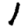
Digit: 1